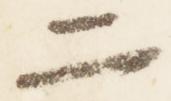
二